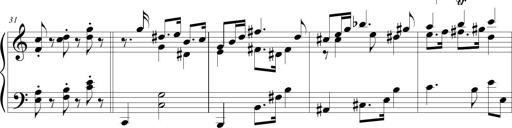
Title: Beatrice Bellaboomboom
Composer: Michel Rondeau
Key: A minor